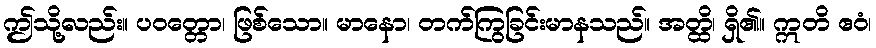
ဤသို့လည်း။ ပဝတ္တော၊ ဖြစ်သော။ မာနော၊ တက်ကြွခြင်းမာနသည်။ အတ္ထိ၊ ရှိ၏။ ဣတိ ဧဝံ၊